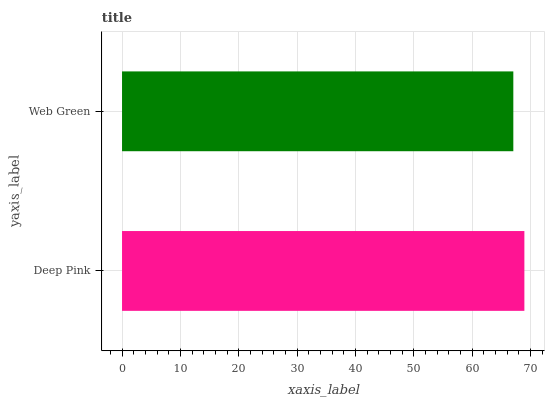
| yaxis_label | bars |
 | --- | --- |
 | Deep Pink | 69 |
 | Web Green | 67.1 |